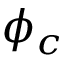
\phi _ { c }